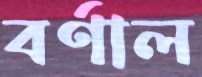
বর্ণাল